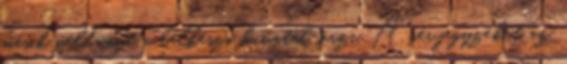
másik példányt a lelkészi hivatal őrzi. A névjegyzéket az